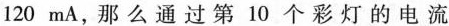
120mA，那么通过第10个彩灯的电流